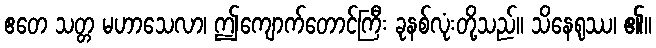
ဧတေ သတ္တ မဟာသေလာ၊ ဤကျောက်တောင်ကြီး ခုနစ်လုံးတို့သည်။ သိနေရုဿ၊ ၏။